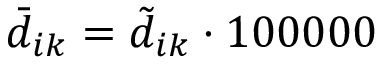
\bar { d } _ { i k } = \tilde { d } _ { i k } \cdot 1 0 0 0 0 0